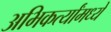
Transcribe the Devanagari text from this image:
अभिकर्त्यांमध्ये